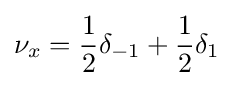
\nu _{x}={\frac {1}{2}}\delta _{-1}+{\frac {1}{2}}\delta _{1}